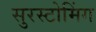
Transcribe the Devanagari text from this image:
सुरस्टोमिंग